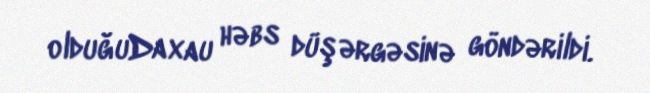
olduğuDaxau həbs düşərgəsinə göndərildi.